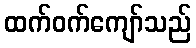
ထက်ဝက်ကျော်သည်